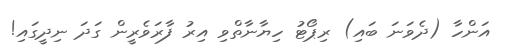
އަންހާ (ދެވަނަ ބައި) ރިޕޯޓު ހިޔާނާތްވި އިރު ފާރަވެރީން ގަދަ ނިދީގައި!